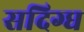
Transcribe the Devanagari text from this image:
सदिग्ध